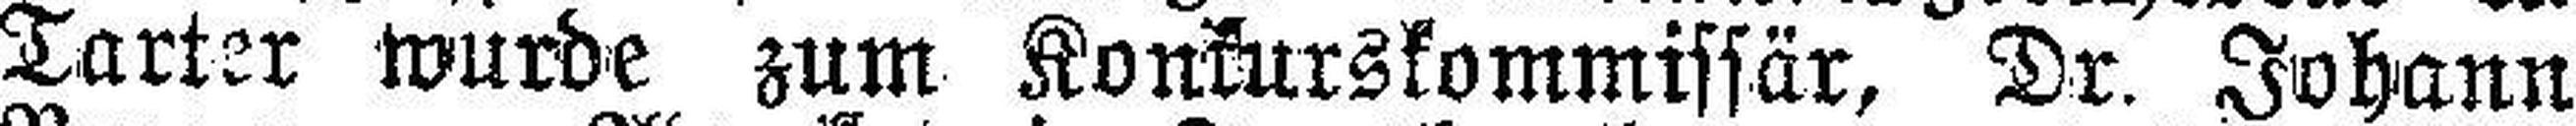
Tarter wurde zum Konkurskommissär, Dr. Johann